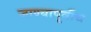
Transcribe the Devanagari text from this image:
जाण्यापूर्वीच